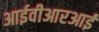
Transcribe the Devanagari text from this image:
आईवीआरआई